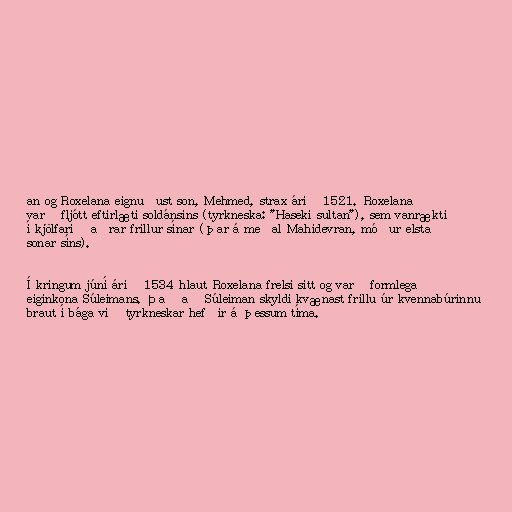
an og Roxelana eignuðust son, Mehmed, strax árið 1521. Roxelana
varð fljótt eftirlæti soldánsins (tyrkneska: "Haseki sultan"), sem vanrækti
í kjölfarið aðrar frillur sínar (þar á meðal Mahidevran, móður elsta
sonar síns).

Í kringum júní árið 1534 hlaut Roxelana frelsi sitt og varð formlega
eiginkona Súleimans. Það að Súleiman skyldi kvænast frillu úr kvennabúrinnu
braut í bága við tyrkneskar hefðir á þessum tíma.